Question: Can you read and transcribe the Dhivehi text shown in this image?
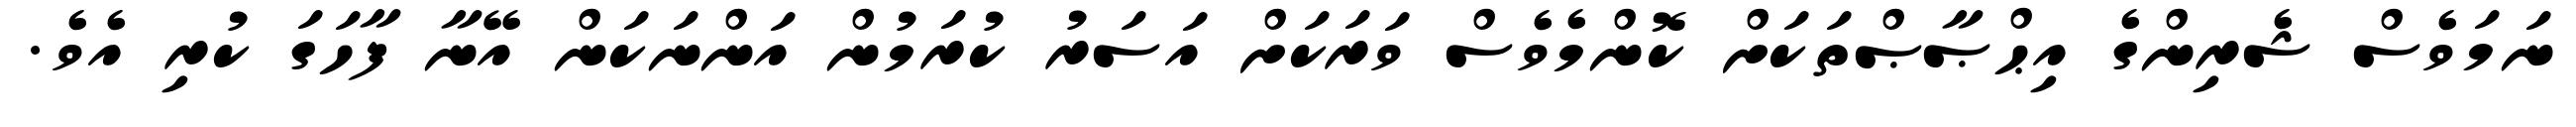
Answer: ނަމަވެސް ޝެރިންގެ އިޙްޞާޞްތަކަށް ކޮންމެވެސް ވަރަކަށް އަސަރު ކުރަމުން އަންނަކަން އޭނާ ފާހަގަ ކުރި އެވެ.